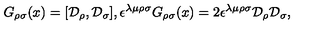
G _ { \rho \sigma } ( x ) = [ { \cal D } _ { \rho } , { \cal D } _ { \sigma } ] , \epsilon ^ { \lambda \mu \rho \sigma } G _ { \rho \sigma } ( x ) = 2 \epsilon ^ { \lambda \mu \rho \sigma } { \cal D } _ { \rho } { \cal D } _ { \sigma } ,